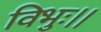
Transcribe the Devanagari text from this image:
विभुः।।